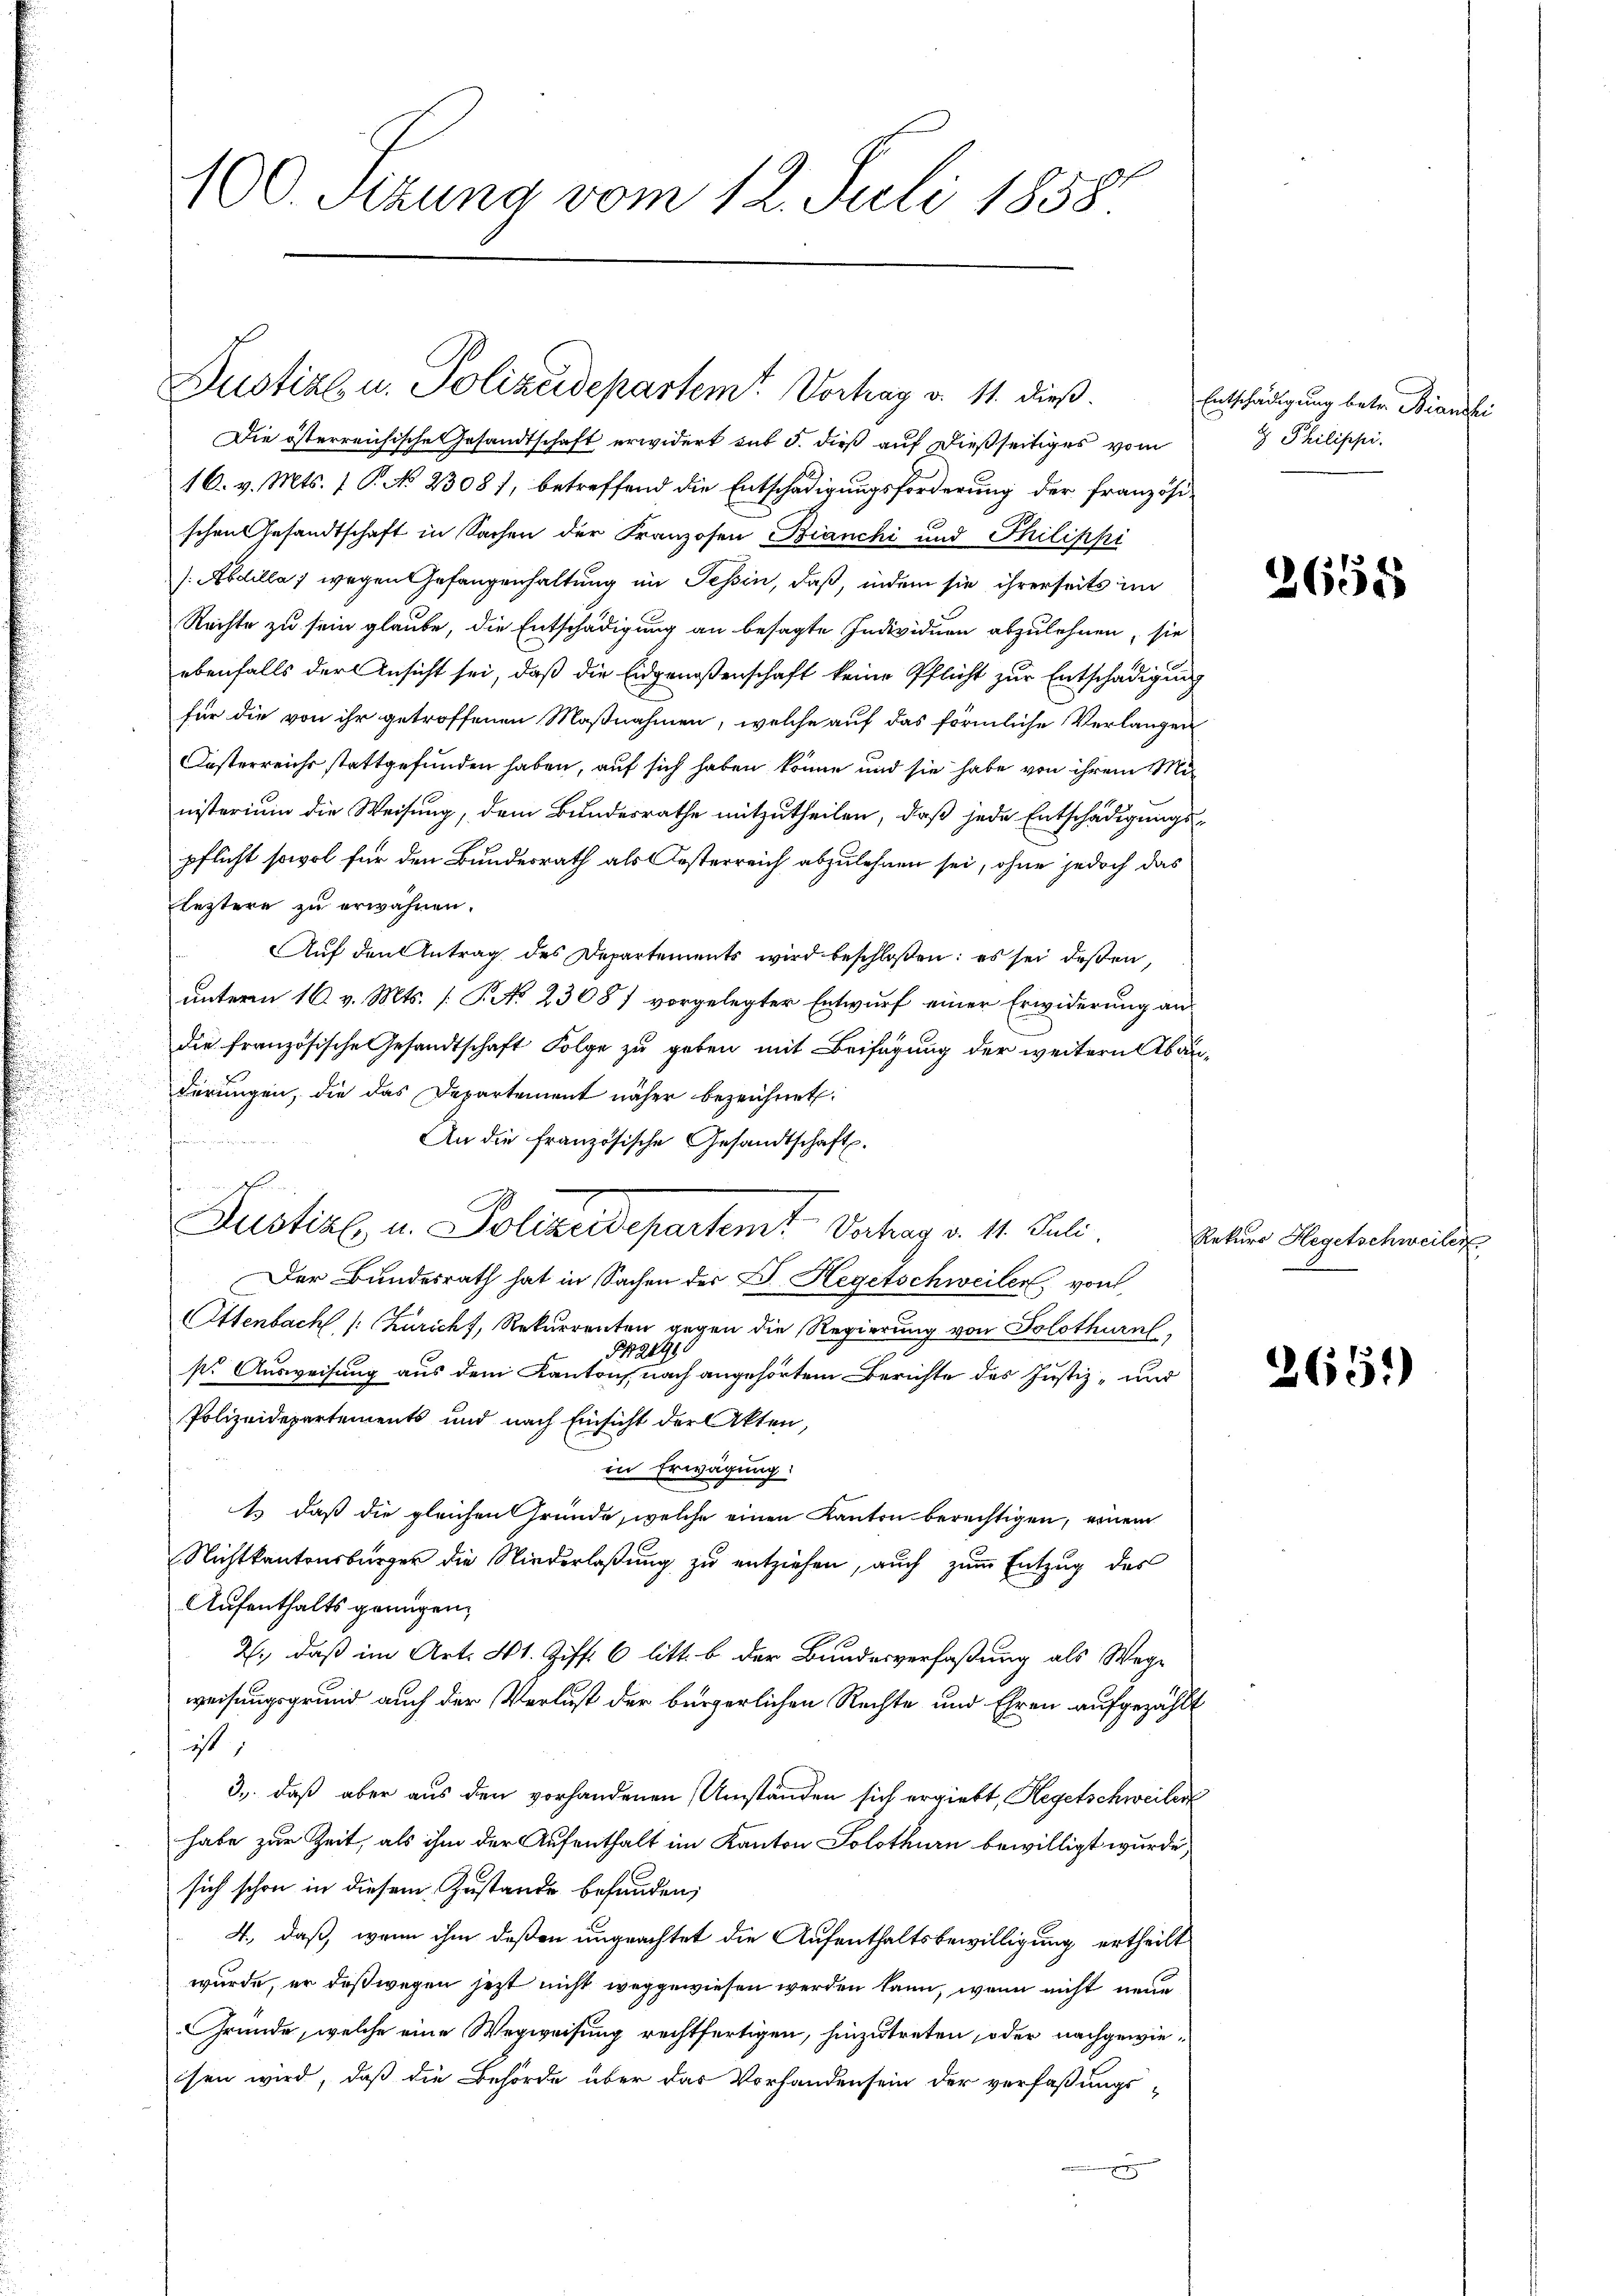
100. Sezung vom 12. Juli 1858

Justiz u. Polizeidepartemt Vortrag v. 11. dieß.

Die österreichische Gesandtschaft erwidert sub d. dieß auf dießseitiges vom
16. v. Mts. 1 P. No 23081, betreffend die Entschädigungsforderung der französischen Gesandtschaft in Sachen der Franzosen Bianchi und Philippi
/Abdilla) wegen Gefangenhaltung im Tessin, daß, indem sie ihrerseits im
Rechte zu sein glaube, die Entschädigung an besagte Individuen abzulehnen, sie
ebenfalls der Ansicht sei, daß die Eidgenoßenschaft keine Pflicht zur Entschädigung
für die von ihr getroffenen Maßnahmen, welche auf das förmliche Verlangen
Casterreichs stattgefunden haben, auf sich haben könne und sie habe von ihrem Mi
nisterium die Weisung, dem Bundesrathe mitzutheilen, daß jede Entschädigungspflicht sowol für den Bundesrath als Oesterreich abzulehnen sei, ohne jedoch das
leztere zu erwähnen.
Auf den Antrag des Departements wird beschloßen: es sei deßen,
unterm 16. v. Mts. [ P. No 23087 vorgelegter Entwurf einer Erwiderung an
die französische Gesandtschaft Folge zu geben mit Beifügung der weitern Abänderungen, die das Departement näher bezeichnet.
t
An die französische Gesandtschaft.
Justiz u. Polizeidepartemt Vortrag v. 11. Juli.
Der Bundesrath hat in Sachen der Dr. Hegetschweiler von
Ottenbach, (Küricht, Rekurrenten gegen die Regierung von Solothurn,
42491
s. Ausweisung aus dem Kanton, nach angehörtem Berichte des Justiz- und
Polizeidepartements und nach Einsicht der Akten,
in Erwägung:
1. daß die gleichen Gründe, welche einen Kanton berechtigen, einem
Nichtkantonsbürger die Niederlaßung zu entziehen, auch zum Entzug des
Aufenthalts genügen,
2., daß im Art. 41. Ziff. 6 litt. b der Bundesverfaßung als Wege
weisungsgrund auch der Verlust der bürgerlichen Rechte und Ehren aufgezählist,
3., daß aber aus den vorhandenen Umständen sich ergiebt, Hegetschweiler
habe zur Zeit, als ihm der Aufenthalt im Kanton Solothurn bewilligt wurde,
sich schon in diesem Zustande befunden,
4., daß, wenn ihm deßen ungeachtet die Aufenthaltsbewilligung ertheilt
wurde, er deßwegen jetzt nicht weggewiesen werden kann, wenn nicht neue
Gründe, welche eine Wegweisung rechtfertigen, hinzutreten, oder nachgewiesen wird, daß die Behörde über das Vorhanden sein der verfaßungs¬
.

r

Entschädigung betr. Bianchi
 Philippi.

d
2608

Rekurs Hegetschweiler

2651)